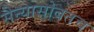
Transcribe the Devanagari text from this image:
सैन्यासोबतच